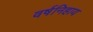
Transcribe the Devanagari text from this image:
वर्षनिहाय